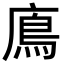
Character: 𩾦